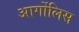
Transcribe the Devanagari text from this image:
आर्गोलिस